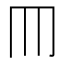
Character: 𦉫